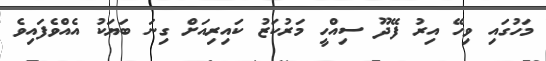
މަހުގައި ވިހޭ އިރު ފޭދޫ ސިއްހީ މަރުކަޒު ކައިރިއަށް ގިނަ ބަޔަކު އެއްވެފައިވެ